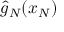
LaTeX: { \hat { g } } _ { N } ( x _ { N } )